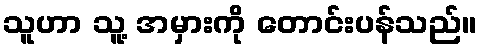
သူဟာ သူ့ အမှားကို တောင်းပန်သည်။